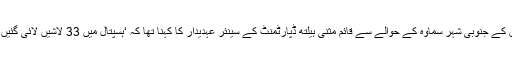
عراق کے جنوبی شہر سماوہ کے حوالے سے قائم مثنیٰ ہیلتھ ڈپارٹمنٹ کے سینئر عہدیدار کا کہنا تھا کہ ‘ہسپتال میں 33 لاشیں لائی گئیں ہیں’۔